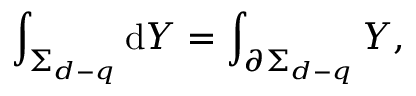
\int _ { \Sigma _ { d - q } } \mathrm { d } Y = \int _ { \partial \Sigma _ { d - q } } Y ,